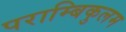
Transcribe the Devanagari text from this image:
पराम्बिकुलम